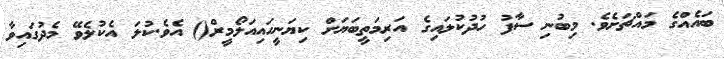
ބައެއްގެ މަައްޗަށެވެ. މިބުނި ސާފު ހުދުކުލައިގެ އަރިމަތީބަޔަށް ކިޔަނީހައިއަލޯމީރް() އެވެ.ކުލަ އެކުލެވޭ މެދުގައިވާ